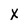
Character: X